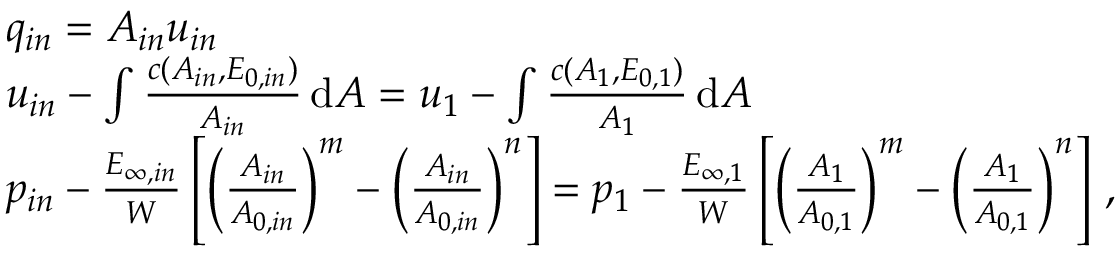
\begin{array} { r l } & { q _ { i n } = A _ { i n } u _ { i n } } \\ & { u _ { i n } - \int \frac { c ( A _ { i n } , E _ { 0 , i n } ) } { A _ { i n } } \, \mathrm { d } A = u _ { 1 } - \int \frac { c ( A _ { 1 } , E _ { 0 , 1 } ) } { A _ { 1 } } \, \mathrm { d } A } \\ & { p _ { i n } - \frac { E _ { \infty , i n } } { W } \left[ \left( \frac { A _ { i n } } { A _ { 0 , i n } } \right) ^ { m } - \left( \frac { A _ { i n } } { A _ { 0 , i n } } \right) ^ { n } \right] = p _ { 1 } - \frac { E _ { \infty , 1 } } { W } \left[ \left( \frac { A _ { 1 } } { A _ { 0 , 1 } } \right) ^ { m } - \left( \frac { A _ { 1 } } { A _ { 0 , 1 } } \right) ^ { n } \right] \, , } \end{array}